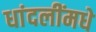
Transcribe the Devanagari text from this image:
धांदलींमधे